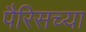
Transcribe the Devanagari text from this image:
पैरिसच्या